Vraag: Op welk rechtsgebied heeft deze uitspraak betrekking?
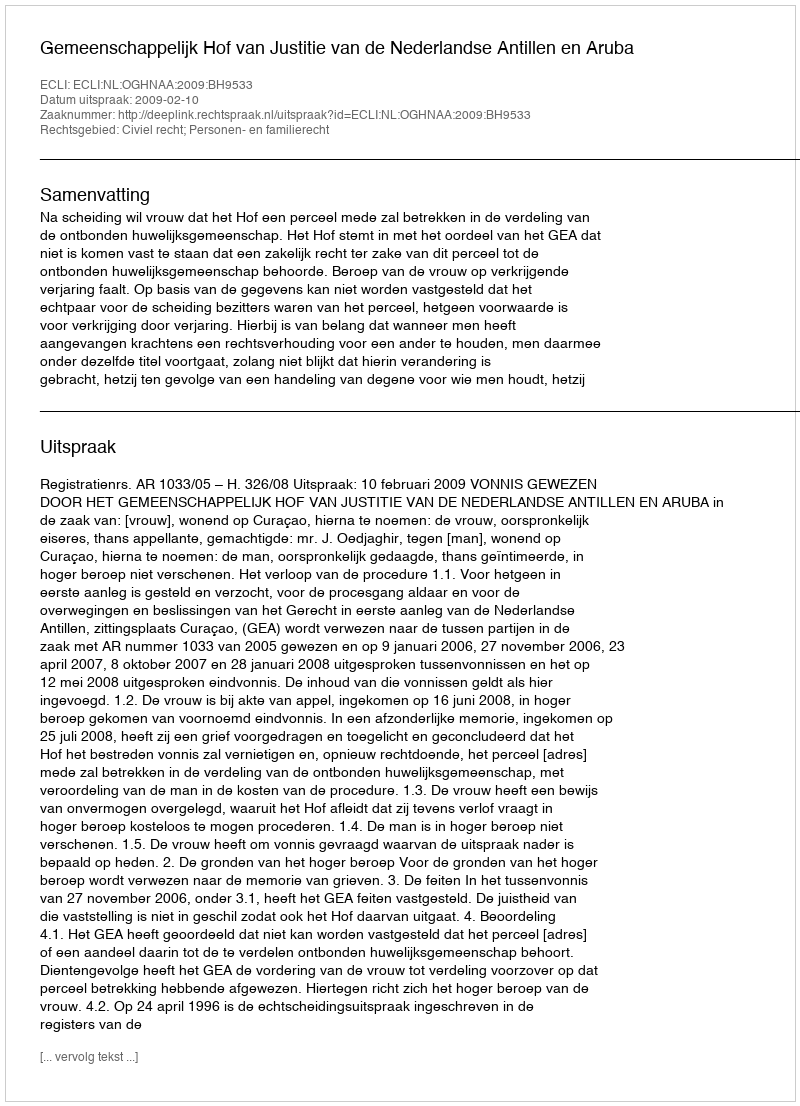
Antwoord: Civiel recht; Personen- en familierecht